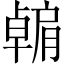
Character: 𫆶